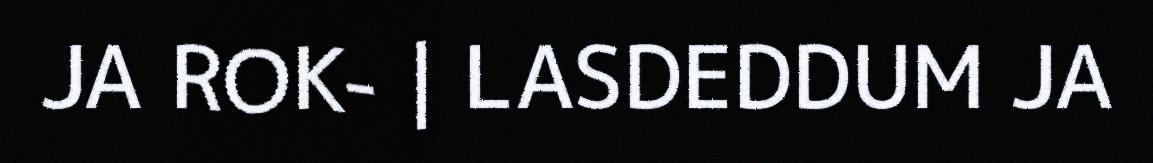
JA ROK- | LASDEDDUM JA